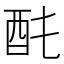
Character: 䣨